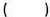
（）